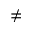
\neq